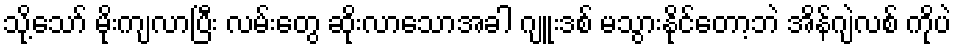
သို့သော် မိုးကျလာပြီး လမ်းတွေ ဆိုးလာသောအခါ ဂျူးဒစ် မသွားနိုင်တော့ဘဲ အိန်ဂျဲလစ် ကိုပဲ